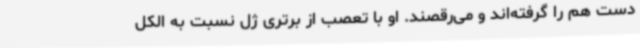
دست هم را گرفته‌اند و می‌رقصند. او با تعصب از برتری ژل نسبت به الکل